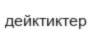
дейктиктер